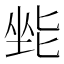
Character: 𫭿